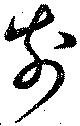
前